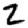
Digit: 2